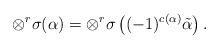
LaTeX: \begin{align*} \otimes^r \sigma(\alpha) = \otimes^r \sigma\left((-1)^{c(\alpha)} \tilde\alpha\right). \end{align*}